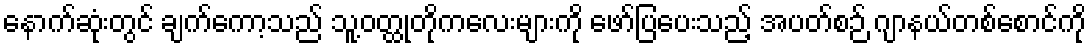
နောက်ဆုံးတွင် ချက်ကော့သည် သူ့ဝတ္ထုတိုကလေးများကို ဖော်ပြပေးသည့် အပတ်စဉ် ဂျာနယ်တစ်စောင်ကို